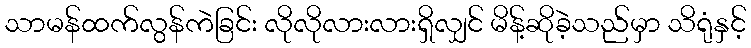
သာမန်ထက်လွန်ကဲခြင်း လိုလိုလားလားရှိလျှင် မိန့်ဆိုခဲ့သည်မှာ သိရုံနှင့်